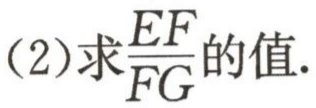
(2)求$\frac{EF}{FG}$的值.